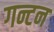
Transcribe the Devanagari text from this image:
गन्टन